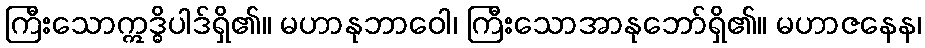
ကြီးသောဣဒ္ဓိပါဒ်ရှိ၏။ မဟာနုဘာဝေါ၊ ကြီးသောအာနုဘော်ရှိ၏။ မဟာဇနေန၊